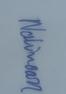
Signature authenticity: genuine